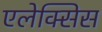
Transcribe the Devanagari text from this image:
एलेक्‍सिस